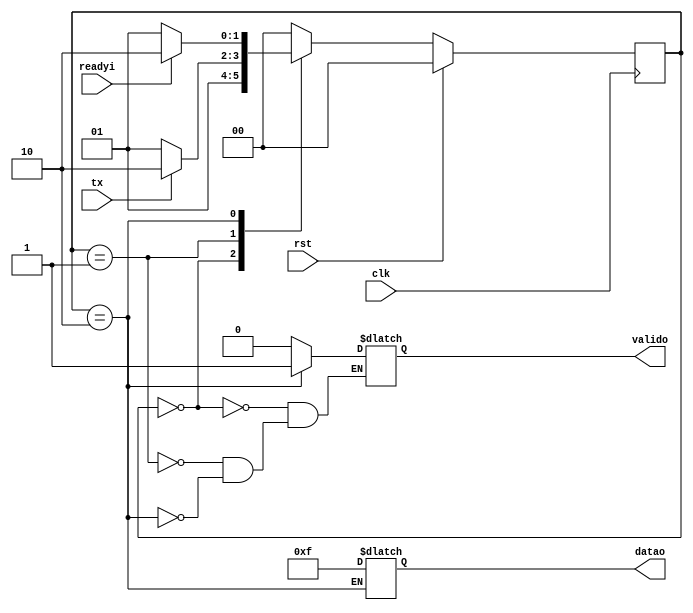
module transmitter (clk,rst,tx,readyi,valido,datao);
    
    input wire clk;
    input wire rst;
    input wire tx;
    input wire readyi;
    output reg valido;
    output reg [3:0]datao;

    localparam IDLE =2'b00 ;
    localparam TX=2'b01;
    localparam VALID=2'b10;

reg [1:0] state;           //state machine SEQUENTIOL BLOCK
reg [1:0] nextstate;        //AS WE HAVE TWO BITS IN TERMS OF STATE AND NEXT STATE
//SEQUENTIOL BLOCK
always @(posedge clk)begin
    if (rst)begin
        state<=IDLE;
    end
    else begin
        state<=nextstate;
    end
end   
//COMBINATIONAL BLOCK
always @(*)begin
    case (state)
        IDLE:begin
            nextstate<=TX;
            valido<=1'b0;
        end 
        TX:begin
            nextstate<=(tx)? VALID:TX;
            valido<=1'b0;

        end
        VALID:
    begin
        nextstate<=(readyi)? VALID:TX;
        valido<=1'b1;
        datao<=4'b1111;
    end
        default: nextstate<=IDLE;
    endcase
end                      //INITIAL STATE 00= IDLE IF RST MOVE TO TX IF tx==0 RMAIN ON THE SAME STATE 
                             //AND IF tx =1 MOVE TO VALID STATE IF READY =1 MOVE BACK TO TX








endmodule